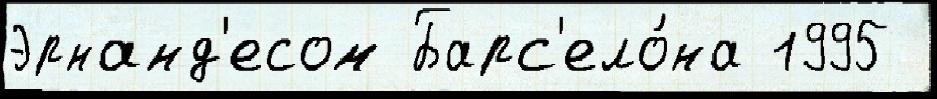
Эрнанд'есом Барс'ело́на 1995